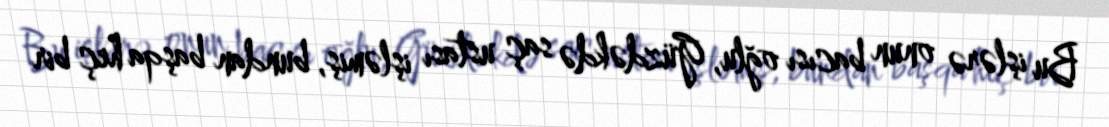
Bu işlərə onun bacısı oğlu, Güzdəkdə saç ustası işləmiş, bundan başqa heç bir